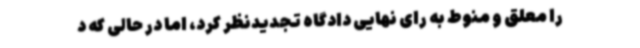
را معلق و منوط به رای نهایی دادگاه تجدیدنظر کرد، اما در حالی که د